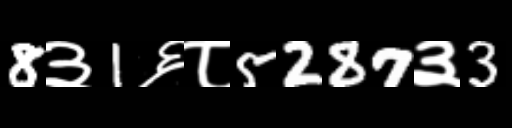
Text: 8३1६८5287३3